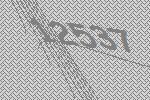
12537